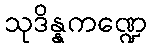
သုဒိန္နကဏ္ဍေ